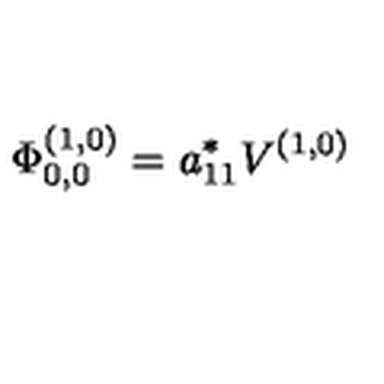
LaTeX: \Phi _ { 0 , 0 } ^ { ( 1 , 0 ) } = a _ { 1 1 } ^ { * } V ^ { ( 1 , 0 ) }